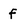
Character: f